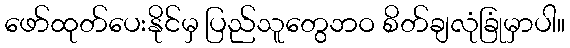
ဖော်ထုတ်ပေးနိုင်မှ ပြည်သူတွေဘဝ စိတ်ချလုံခြုံမှာပါ။